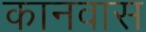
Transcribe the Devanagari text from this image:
कानवास